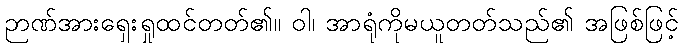
ဉာဏ်အားရှေးရှုထင်တတ်၏။ ဝါ၊ အာရုံကိုမယူတတ်သည်၏ အဖြစ်ဖြင့်